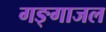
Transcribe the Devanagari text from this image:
गङ्गाजल